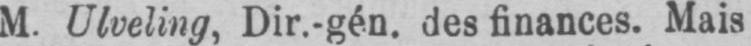
M. Ulveling, Dir.-gén. des finances. Mais